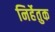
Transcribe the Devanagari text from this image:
निर्हेतुक